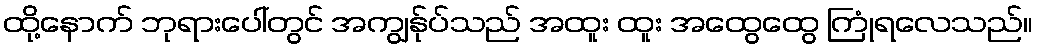
ထို့နောက် ဘုရားပေါ်တွင် အကျွန်ုပ်သည် အထူး ထူး အထွေထွေ ကြုံရလေသည်။